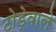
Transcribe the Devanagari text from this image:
टोड़ेवाले